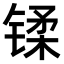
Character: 𫔄